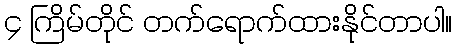
၄ ကြိမ်တိုင် တက်ရောက်ထားနိုင်တာပါ။